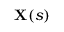
\mathbf { X } ( s )